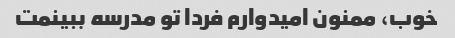
خوب، ممنون امیدوارم فردا تو مدرسه ببینمت